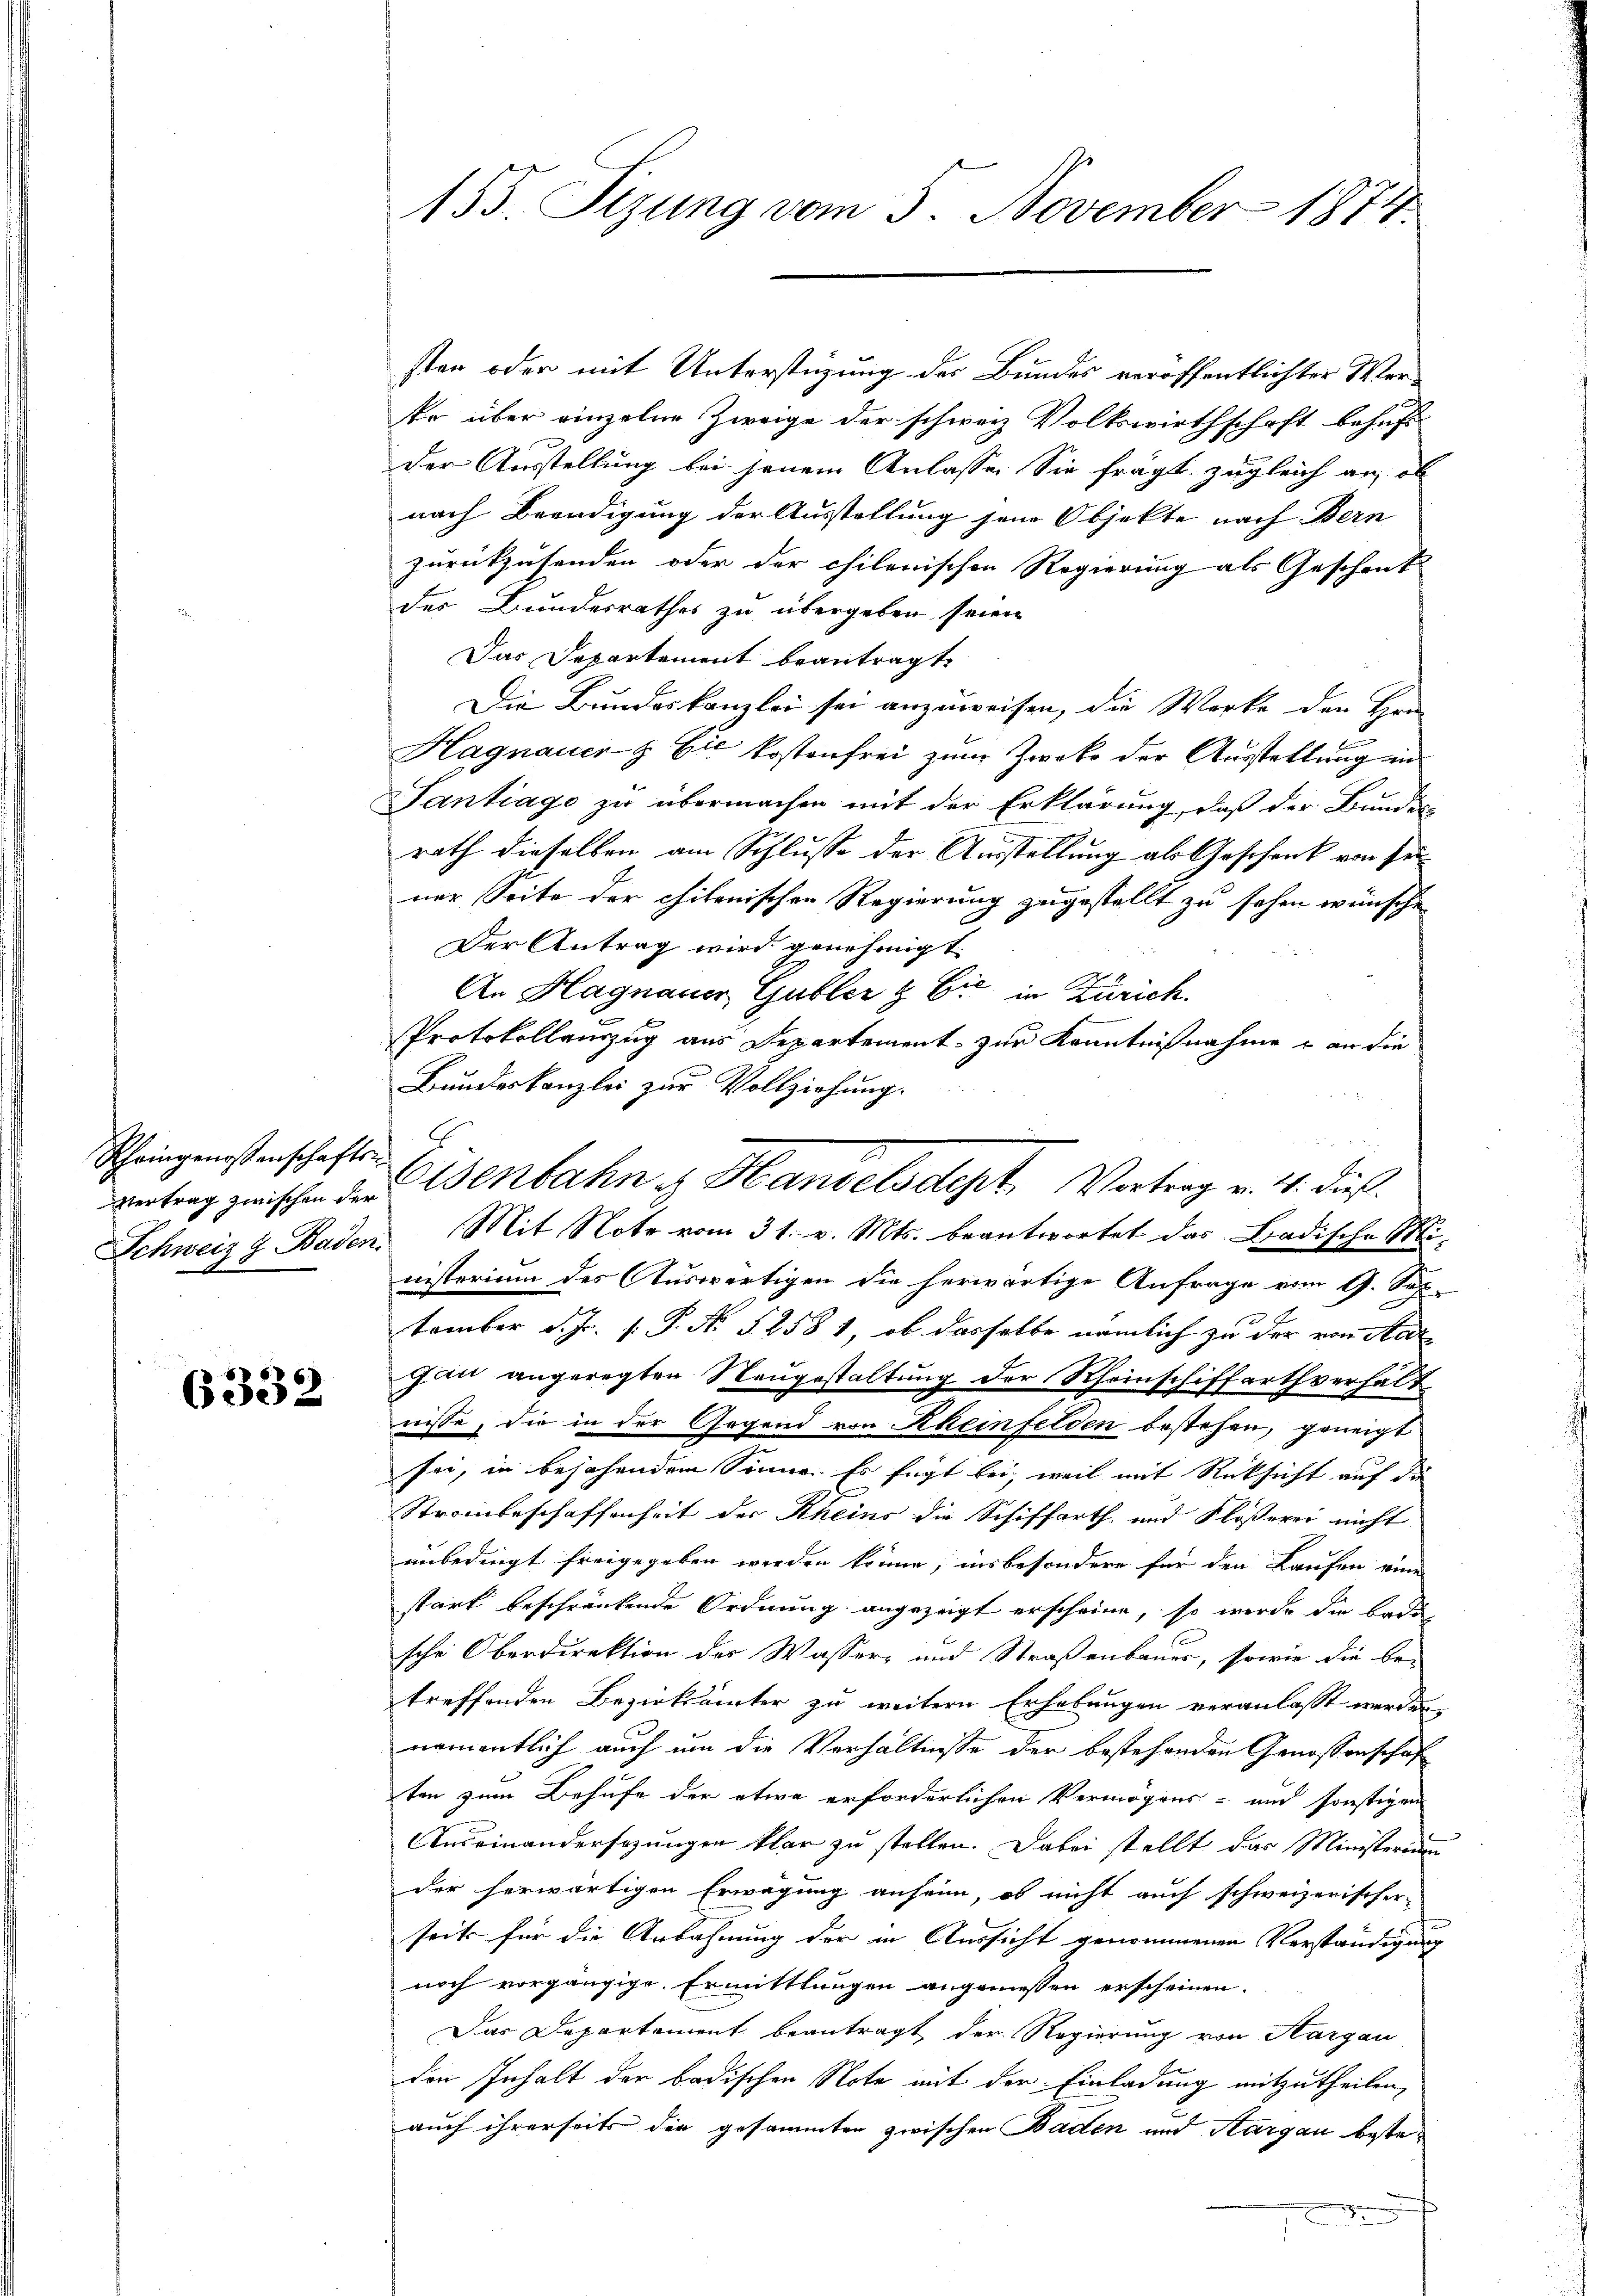
Scheingenossenschafts-

6332

sten oder mit Unterstüzung des Bundes veröffentlichter Wer¬
Er über einzelne Zweige der schweiz Volkswirthschaft behuf
der Ausstellung bei jenem Anlasse. Sie frägt zugleich an, ob
nach Beendigung der Ausstellung jene Objekte nach Bern
zurückzusenden oder der chilenischen Regierung als Geschenk
des Bundesrathes zu übergeben seien
Das Departament beantragt,
Die Bundeskanzlei sei anzuweisen, die Werke den Hrn
Hagnauer & Cie kostenfrei zum Zwecke der Ausstellung in
Santrage zu übermachen mit der Erklärung, daß der Bundes
rath dieselben am Schlusse der Ausstellung als Geschenk von seiner Seite der chilenischen Regierung zugestellt zu sehen wünsche,
Der Antrag wird genehmigt.
An Hagnauer Gubler & Cie in Zürich.
Protokollauszug aus Departement zur Kenntnißnahme & an die
Bundeskanzlei zur Vollziehung.
vertrag zwischen der Benbahn u. Handelsdept, Vortrag v. 4. dieß.
Schweiz s. Baden Mit Note vom 31. v. Mts. beantwortet das Badische Mi-
nisterium des Auswärtigen die herwärtige Anfrage vom 9. Sep.
tember d. J. P.P. No 5258 1, ob dasselbe nämlich zu der von Aar¬
Gau angeregten Neugestaltung der Rheinschiffarthverhalt
nisse, die in der Gegend von Rheinfelden bestehen, geneigt
sei, in bejahendem Sinne. Es fügt bei, weil mit Rücksicht auf die
Straubeschaffenheit der Rheins die Schiffarth und Flößerei nicht
unbedingt freigegeben werden könne, insbesondere für den Laufen eine
stark beschränkende Ordnung angezeigt erscheine, so werde die Bade
sche Oberdirektion des Wasser- und Straßenbauer, sowie die be-
treffenden Bezirksämter zu weitern Erhebungen veranlasst werden,
namentlich auch um die Verhältnisse der bestehenden Genossenschaf
ten zum Behufe der etwa erforderlichen Vermögens- und sonstigen
Auseinandersezungen klar zu stellen. Dabei stellt das Ministerium
der herwärtigen Erwägung anheim, ob nicht auch schweizerischer
seits für die Anbahnung der in Aussicht genommenen Verständigung
noch vorgängige Ermittlungen angemessen erscheinen.
Das Departement beantragt der Regierung von Aargau
den Inhalt der badischen Note mit der Einladung mitzutheilen,
auch ihrerseits die gesammten zwischen Baden und Aargau beste¬

15. Sizung vom 5. November 1874.